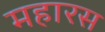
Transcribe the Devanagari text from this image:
महारस